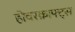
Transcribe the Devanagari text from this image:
होवरक्राफ्ट्स